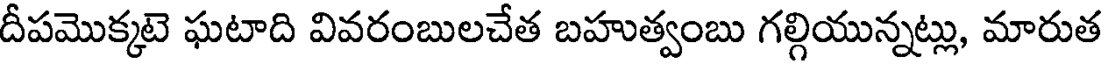
దీపమొక్కటె ఘటాది వివరంబులచేత బహుత్వంబు గల్గియున్నట్లు, మారుత